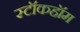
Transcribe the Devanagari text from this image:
स्टॉकहॉम